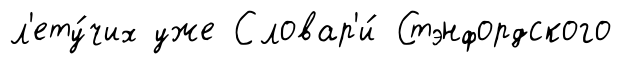
л'ету́чих уже Словар'и́ Стэнфордского